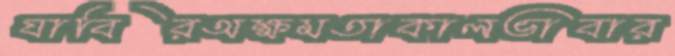
যাবিরঅক্ষমতাকালভাবার